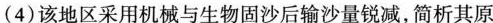
(4)该地区采用机械与生物固沙后输沙量锐减，简析其原